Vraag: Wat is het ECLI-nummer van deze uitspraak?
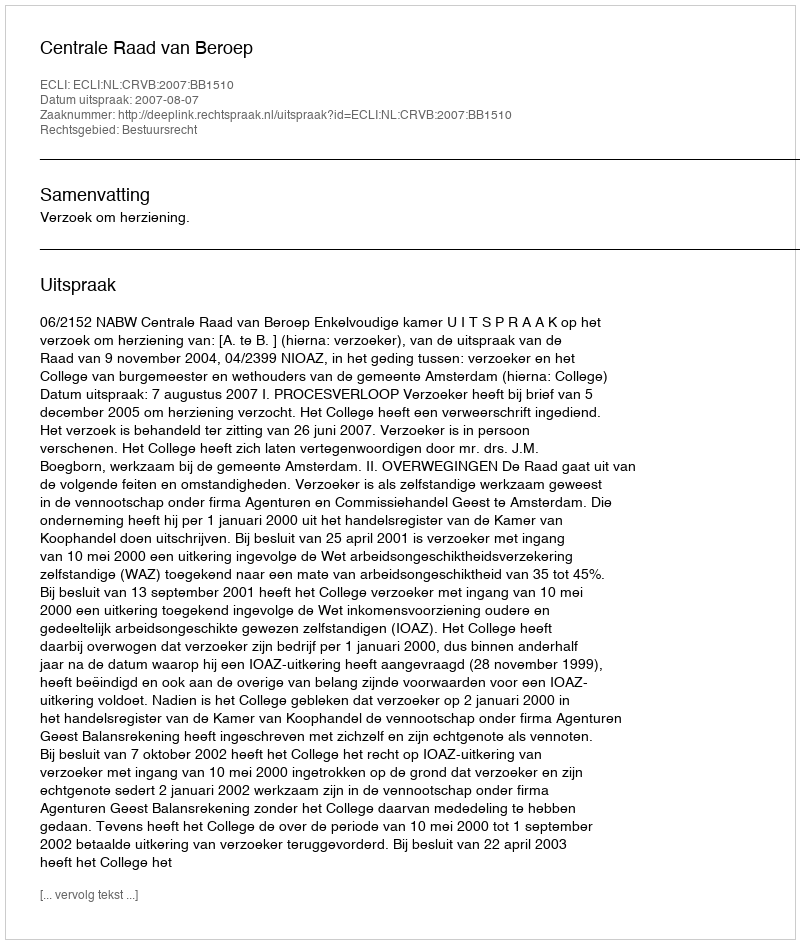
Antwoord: ECLI:NL:CRVB:2007:BB1510